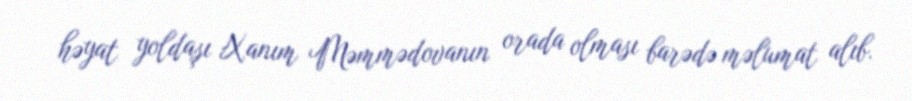
həyat yoldaşı Xanım Məmmədovanın orada olması barədə məlumat alıb.